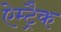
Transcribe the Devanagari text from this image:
ऐम्ट्रैक